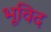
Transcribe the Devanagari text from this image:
भूविद